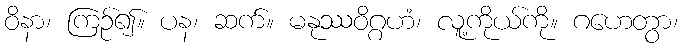
ဝိနာ၊ ကြဉ်၍။ ပန၊ ဆက်။ မနုဿဝိဂ္ဂဟံ၊ လူ့ကိုယ်ကို။ ဂဟေတွာ၊